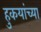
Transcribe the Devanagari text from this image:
हुकयांच्या